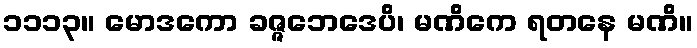
၁၁၁၃။ မောဒကော ခဇ္ဇဘေဒေပိ၊ မဏိကေ ရတနေ မဏိ။